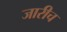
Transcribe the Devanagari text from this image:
जारीच